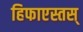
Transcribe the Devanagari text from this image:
हिफाएस्तस्‌